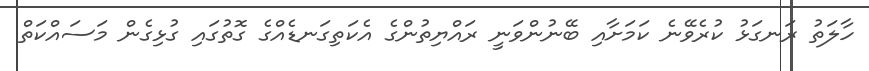
ހާލަތު ރަނގަޅު ކުރެވޭނެ ކަަމަށާއި ބޭނުންވަނީ ރައްޔިތުންގެ އެކަތިގަނޑެއްގެ ގޮތުގައި ގުޅިގެން މަސައްކަތް